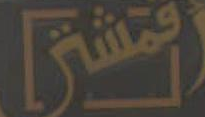
انتشى